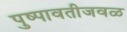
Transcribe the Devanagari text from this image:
पुष्पावतीजवळ